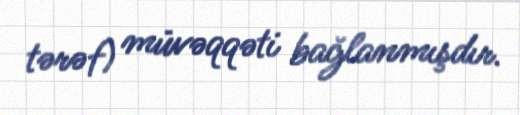
tərəf) müvəqqəti bağlanmışdır.